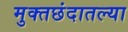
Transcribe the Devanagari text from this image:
मुक्तछंदातल्या